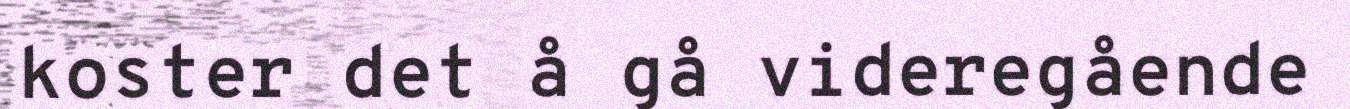
koster det å gå videregående